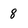
Character: 8